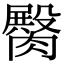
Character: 臋